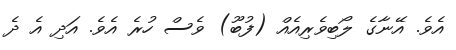
އެވެ. އޭނާގެ ލޯބިވެރިއެއް (ފުބޫ) ވެސް ހުރެ އެވެ. އަދި އެ ދެ